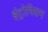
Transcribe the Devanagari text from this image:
इंट्रोपियन